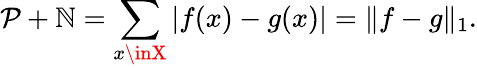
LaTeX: \mathcal{P}+\mathbb{N}=\sum_{x\inX}|f(x)-g(x)|=\| f-g\| _{1}.